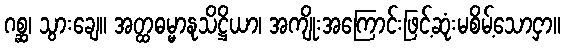
ဂစ္ဆ၊ သွားချေ။ အတ္ထဓမ္မာနုသိဋ္ဌိယာ၊ အကျိုးအကြောင်းဖြင့်ဆုံးမစိမ့်သောငှာ။